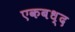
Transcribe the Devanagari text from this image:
एकबध्द